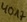
Text: 40A7